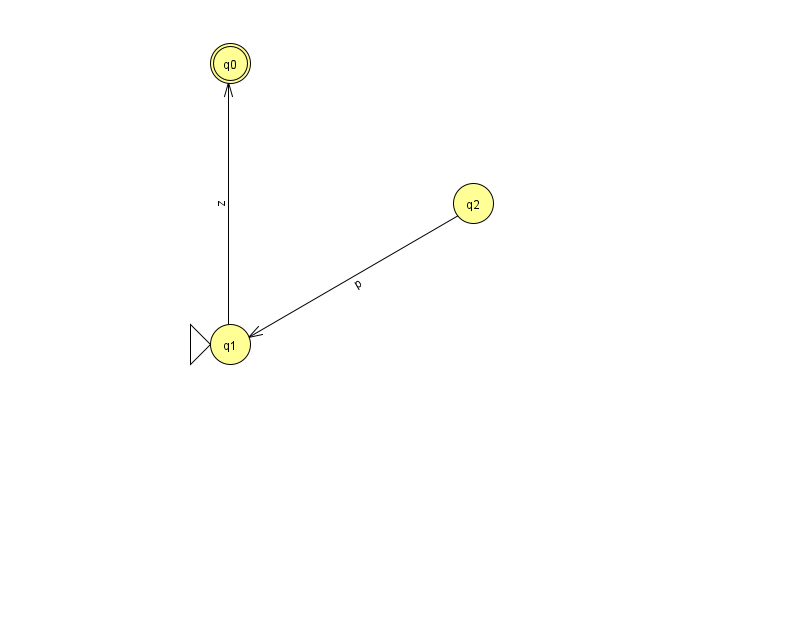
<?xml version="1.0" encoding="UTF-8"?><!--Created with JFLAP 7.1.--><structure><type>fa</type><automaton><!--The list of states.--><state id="0" name="q0"><x>230.0</x><y>50.0</y><final/></state><state id="1" name="q1"><x>230.0</x><y>331.0</y><initial/></state><state id="2" name="q2"><x>473.0</x><y>190.0</y></state><!--The list of transitions.--><transition><from>1</from><to>0</to><read>z</read></transition><transition><from>2</from><to>1</to><read>p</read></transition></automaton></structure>